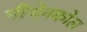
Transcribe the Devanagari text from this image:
मीथेनकोल